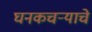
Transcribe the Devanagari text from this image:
घनकचऱ्याचे